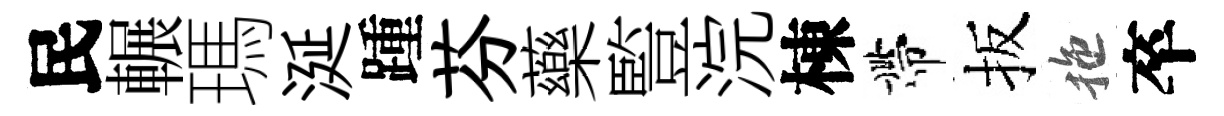
民輾瑪涎踵芬藥䜿浣棟帶扳拖卒